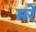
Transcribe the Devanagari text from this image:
मरें